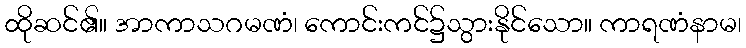
ထိုဆင်၏။ အာကာသဂမဏံ၊ ကောင်းကင်၌သွားနိုင်သော။ ကာရဏံနာမ၊